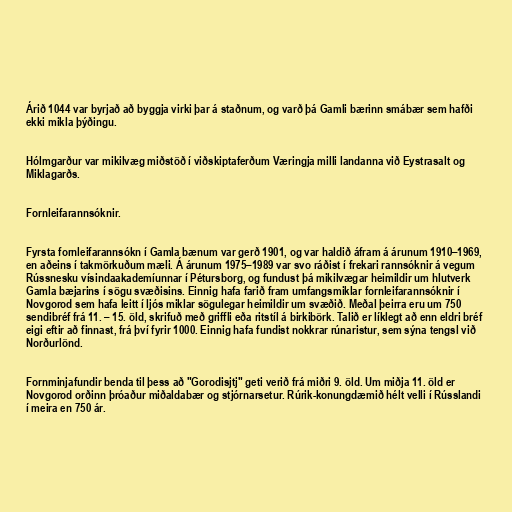
Árið 1044 var byrjað að byggja virki þar á staðnum, og varð þá Gamli bærinn smábær sem hafði
ekki mikla þýðingu.

Hólmgarður var mikilvæg miðstöð í viðskiptaferðum Væringja milli landanna við Eystrasalt og
Miklagarðs.

Fornleifarannsóknir.

Fyrsta fornleifarannsókn í Gamla bænum var gerð 1901, og var haldið áfram á árunum 1910–1969,
en aðeins í takmörkuðum mæli. Á árunum 1975–1989 var svo ráðist í frekari rannsóknir á vegum
Rússnesku vísindaakademíunnar í Pétursborg, og fundust þá mikilvægar heimildir um hlutverk
Gamla bæjarins í sögu svæðisins. Einnig hafa farið fram umfangsmiklar fornleifarannsóknir í
Novgorod sem hafa leitt í ljós miklar sögulegar heimildir um svæðið. Meðal þeirra eru um 750
sendibréf frá 11. – 15. öld, skrifuð með griffli eða ritstíl á birkibörk. Talið er líklegt að enn eldri bréf
eigi eftir að finnast, frá því fyrir 1000. Einnig hafa fundist nokkrar rúnaristur, sem sýna tengsl við
Norðurlönd.

Fornminjafundir benda til þess að "Gorodisjtj" geti verið frá miðri 9. öld. Um miðja 11. öld er
Novgorod orðinn þróaður miðaldabær og stjórnarsetur. Rúrik-konungdæmið hélt velli í Rússlandi
í meira en 750 ár.